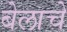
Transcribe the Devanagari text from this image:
बेलाचे